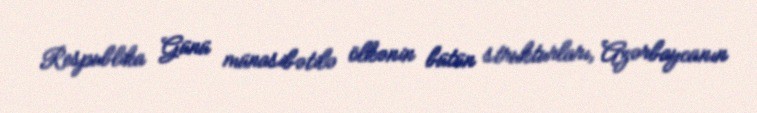
Respublika Günü münasibətilə ölkənin bütün strukturları, Azərbaycanın